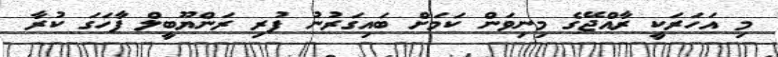
މި އަހަރަކީ ރާއްޖޭގެ މިނިވަން ކަމަށް ބައިގަރުނު ފުރި ރަންޔޫބީލް ފާހަގަ ކުރާ